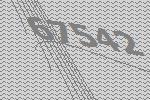
67542